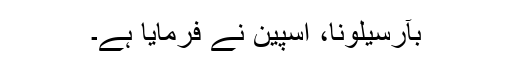
بآرسیلونا، اسپین نے فرمایا ہے۔